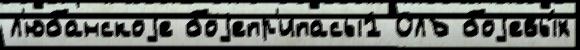
Л'юбанскоjе боjепр'ипасы1 ОЛБ боjевы́х